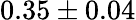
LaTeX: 0.35\pm 0.04